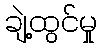
ချဲ့ထွင်မှု